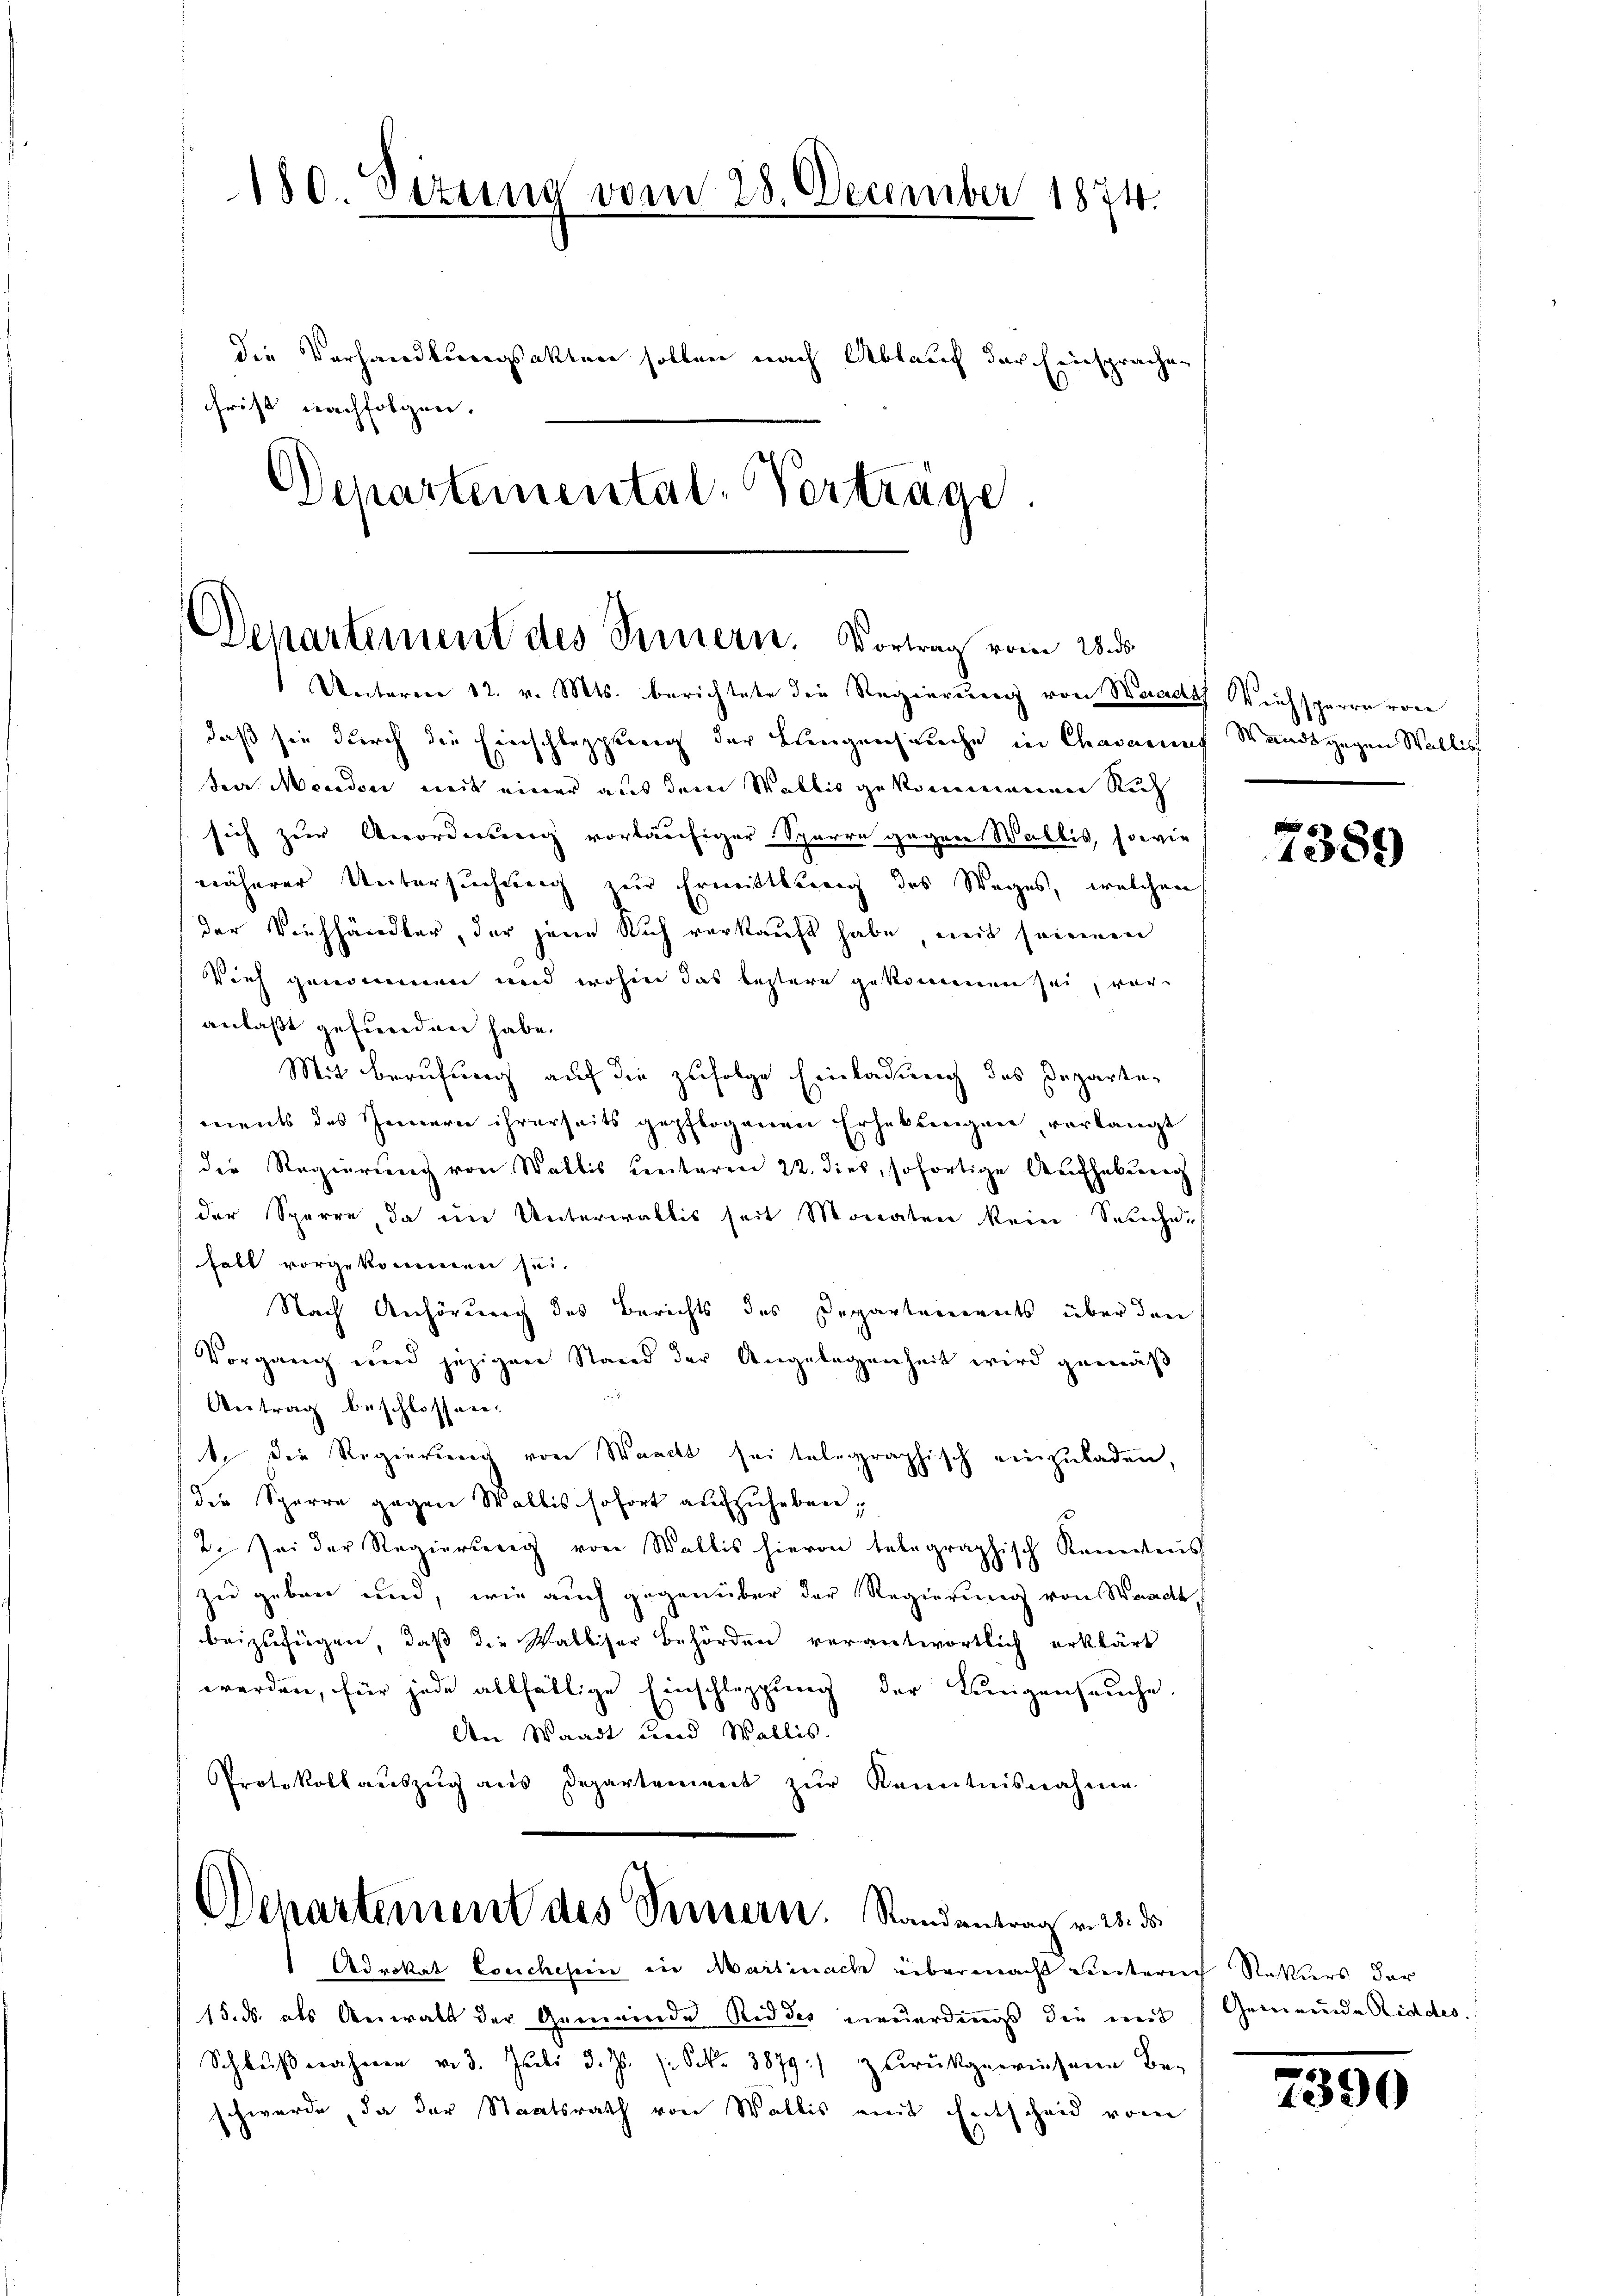
180. Sitzung vom 28. December 1874.

frist nachfolgen.

Departement des Innern. Vortrag vom 28. ds.
Unteren 12. v. Mts. berichtete die Regierung von Waadt Wichsperrn von

die Verhandlungsakten sollen nach Ablauf der Einsprachen
Departemental-Verträge.

daß sie durch die Einschleppung der Liegenseuche in Chaimung Wandsgegen Wallis
tee Morden, mit einer aus dem Wallis gekommenen Ruh
sich zur Anordnung vorläufiger Sparre gegen Wallis, sowie
näherer Untersuchung zur Ermittlung des Weges, welchen
der Viehhändler, der jene Ruch verkauft habe mit seinem
Vieh genommen und wohin das bestere gekommen sei, woranlaßt gefunden habe.
Mit Berufung auf die zufolge Einladung des Departen
ments des Innern ihrerseits gepflogenen Erheblingen, verlangt
die Regierung von Wallis unteren 22. dies, sofortige Aufhebung
der Sperre, da im Unterwallis seit Monaten kein Seuchei
fall vorgekommen sei.
Nach Anhörung des Berichts des Departements über den
Vorgang und jezigen Stand der Angelegenheit wird gemäß
Antrag beschlossen:
t die Regierung von Waadt sei telegraphisch einzuladen,
die Sparre gegen Wallis sofort aufzuheben;
/2. Sei der Regierung von Wallis hievon telegraphisch Kamertens
zu geben und, wie auch gegenüber der Regierung von Waadt
beizufügen, daß die Palliser Behörden verantwortlich erklärt
werden, für jede allfällige Einschleppung der Lungenseuche.
den Waadt und Wallis.
Protokoll aŭszŭg aŭs Departement zŭr Kenntnisnahme
Departement des Ternern. Randantrag v. 25. ds.
Advokat Conchesin in Martinach übermacht untern Rekurs der
15. ds. als Anwalt der Gemeinde Ridder neuerdings die mit Gemeinde Riddes.
Schlŭβnahmen v. 3. Juli d. Js. (: Sekr. 3879:) zŭrückgewiesene Be-
schwerde, da der Staatsrath von Wallis mit Entscheid vom

¬
1389

7390